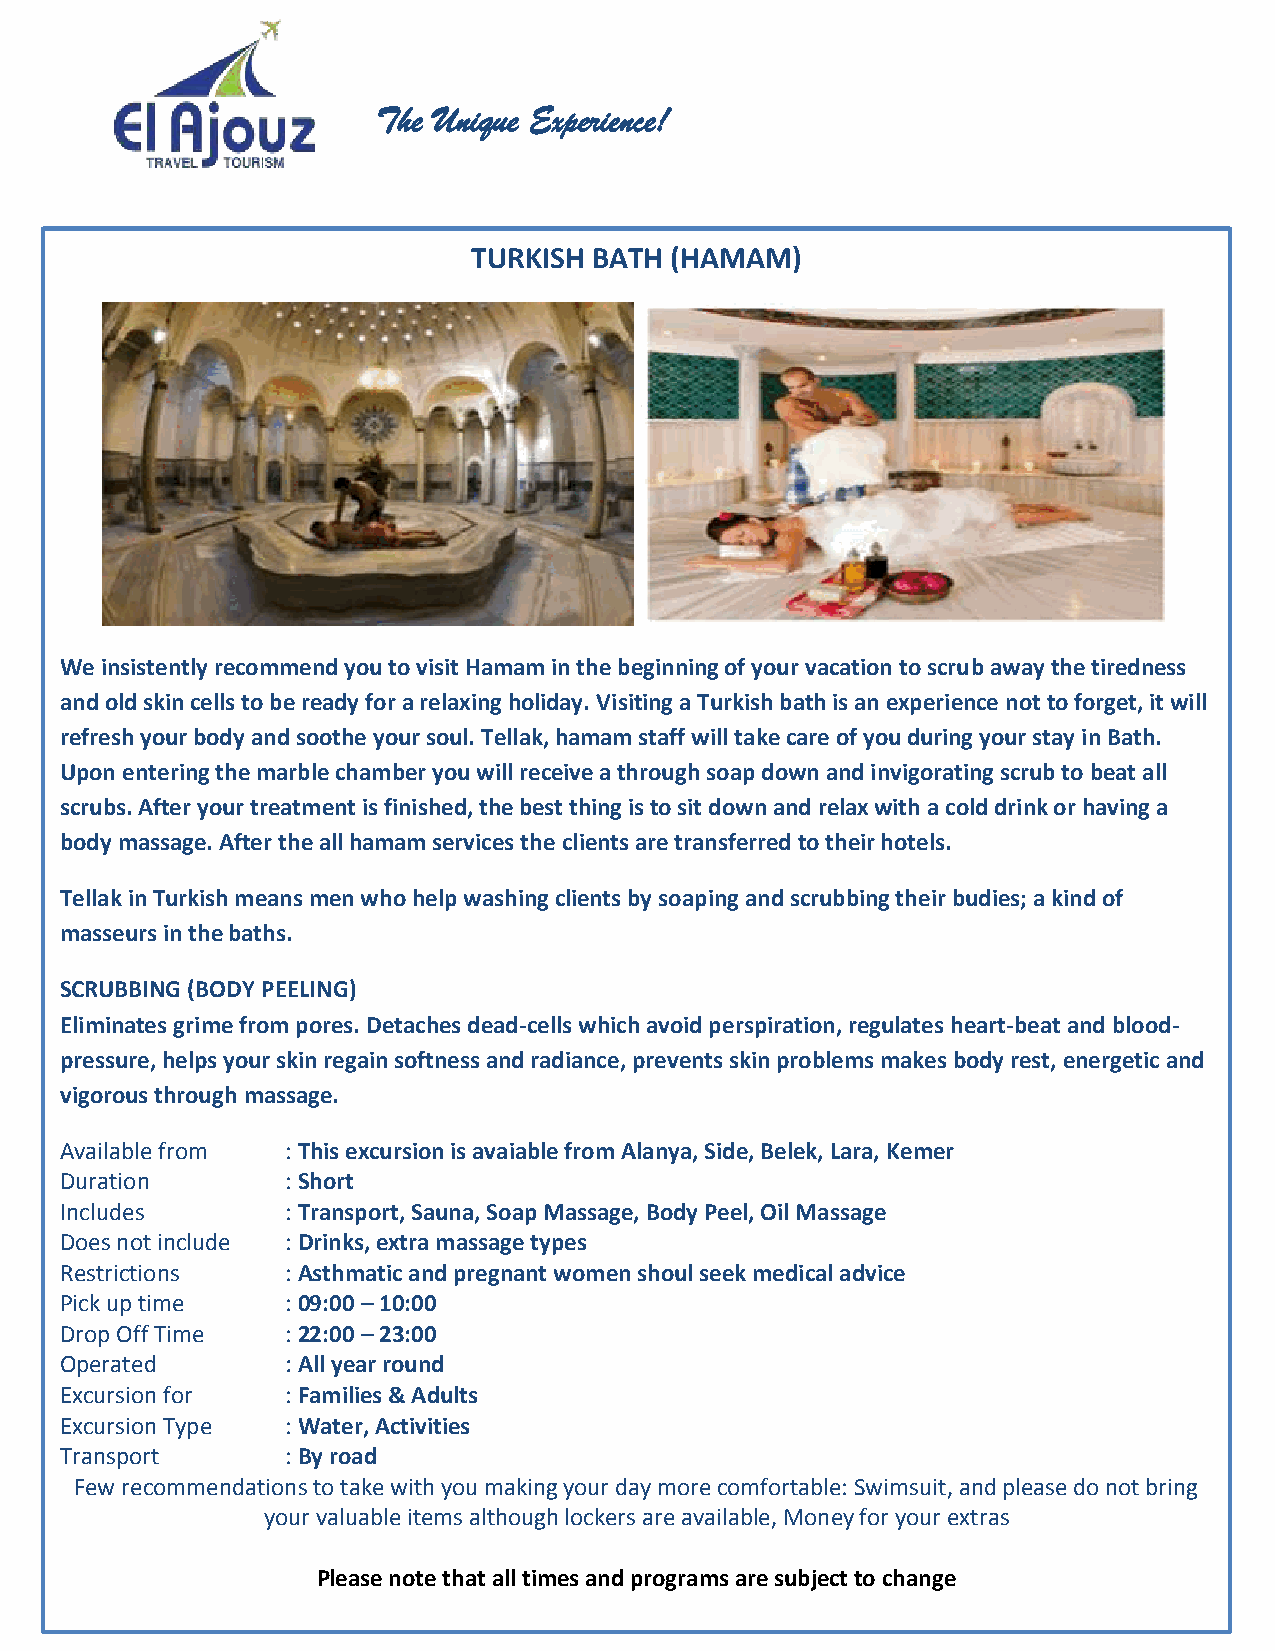
The Unique Experience!
 TURKISH BATH (HAMAM)
 We insistently recommend you to visit Hamam in the beginning of your vacation to scrub away the tiredness
 and old skin cells to be ready for a relaxing holiday. Visiting a Turkish bath is an experience not to forget, it will
 refresh your body and soothe your soul. Tellak, hamam staff will take care of you during your stay in Bath.
 Upon entering the marble chamber you will receive a through soap down and invigorating scrub to beat all
 scrubs. After your treatment is finished, the best thing is to sit down and relax with a cold drink or having a
 body massage. After the all hamam services the clients are transferred to their hotels.
 Tellak in Turk ish means men who help washing clients by soaping and scrubbing their budies; a kind of
 masseurs in the baths.
 SCRUBBING (BODY PEELING)
 Eliminates grime from pores. Detaches dead-cells which avoid perspiration, regulates heart-beat and blood-
 pressure, helps your skin regain softness and radiance, prevents skin problems makes body rest, energetic and
 vigorous through massage.
 Available from : This excursion is avaiable from Alanya, Side, Belek, Lara, Kemer
 Duration       : Short
 Includes       : Transport, Sauna, Soap Massage, Body Peel, Oil Massage
 Does not include : Drinks, extra massage types
 Restrictions   : Asthmatic and pregnant women shoul seek medical advice
 Pick up time   : 09:00 – 10:00
 Drop Off Time  : 22:00 – 23:00
 Operated       : All year round
 Excursion for  : Families & Adults
 Excursion Typ e : Water, Activities
 Transport      : By road
 Few recommendations to take with you making your day more comfortable: Swimsuit, and please do not bring
 your valuable items although lockers are available, Money for your extras
 Please note that all times and programs are subject to change